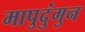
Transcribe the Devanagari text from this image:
मापुदुंगुन